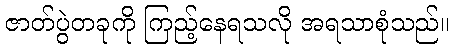
ဇာတ်ပွဲတခုကို ကြည့်နေရသလို အရသာစုံသည်။